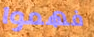
فهموا